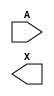
module sky130_fd_sc_hd__lpflow_lsbuf_lh_isowell (
    //# {{data|Data Signals}}
    input  A,
    output X
);

    // Voltage supply signals
    wire    LOWLVPWR;
    supply1 VPWR    ;
    supply0 VGND    ;
    supply1 VPB     ;
    supply0 VNB     ;

endmodule